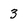
Character: 3